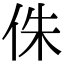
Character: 侏